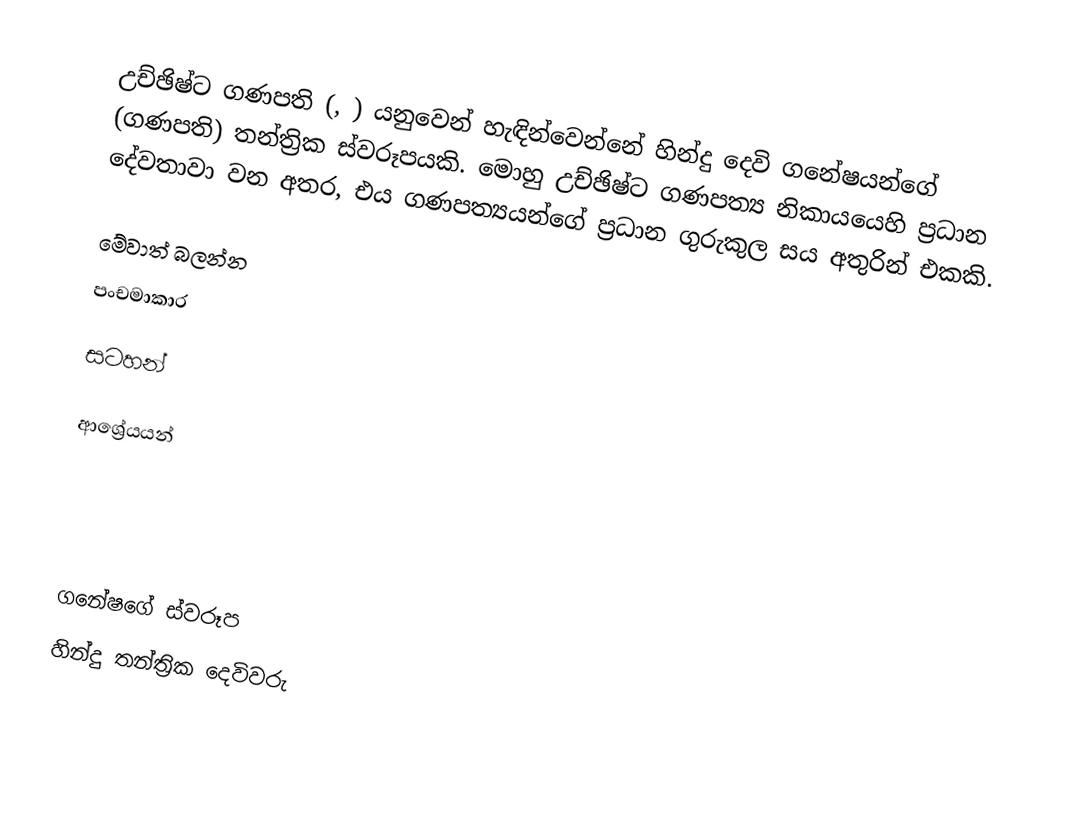
උච්ඡිෂ්ට ගණපති (, )  යනුවෙන් හැඳින්වෙන්නේ හින්දු දෙවි ගනේෂයන්ගේ (ගණපති) තන්ත්‍රික ස්වරූපයකි. මොහු උච්ඡිෂ්ට ගණපත්‍ය නිකායයෙහි ප්‍රධාන දේවතාවා වන අතර, එය ගණපත්‍යයන්ගේ ප්‍රධාන ගුරුකුල සය අතුරින් එකකි.

මේවාත් බලන්න
 පංචමාකාර

සටහන්

ආශ්‍රේයයන්

ගනේෂගේ ස්වරූප
හින්දු තන්ත්‍රික දෙවිවරු